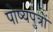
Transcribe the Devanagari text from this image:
पोष्यपुत्रों